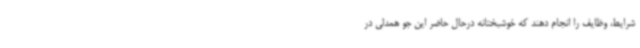
شرایط، وظایف را انجام دهند که خوشبختانه درحال حاضر این جو همدلی در